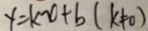
y = k x + b ( k \neq 0 )